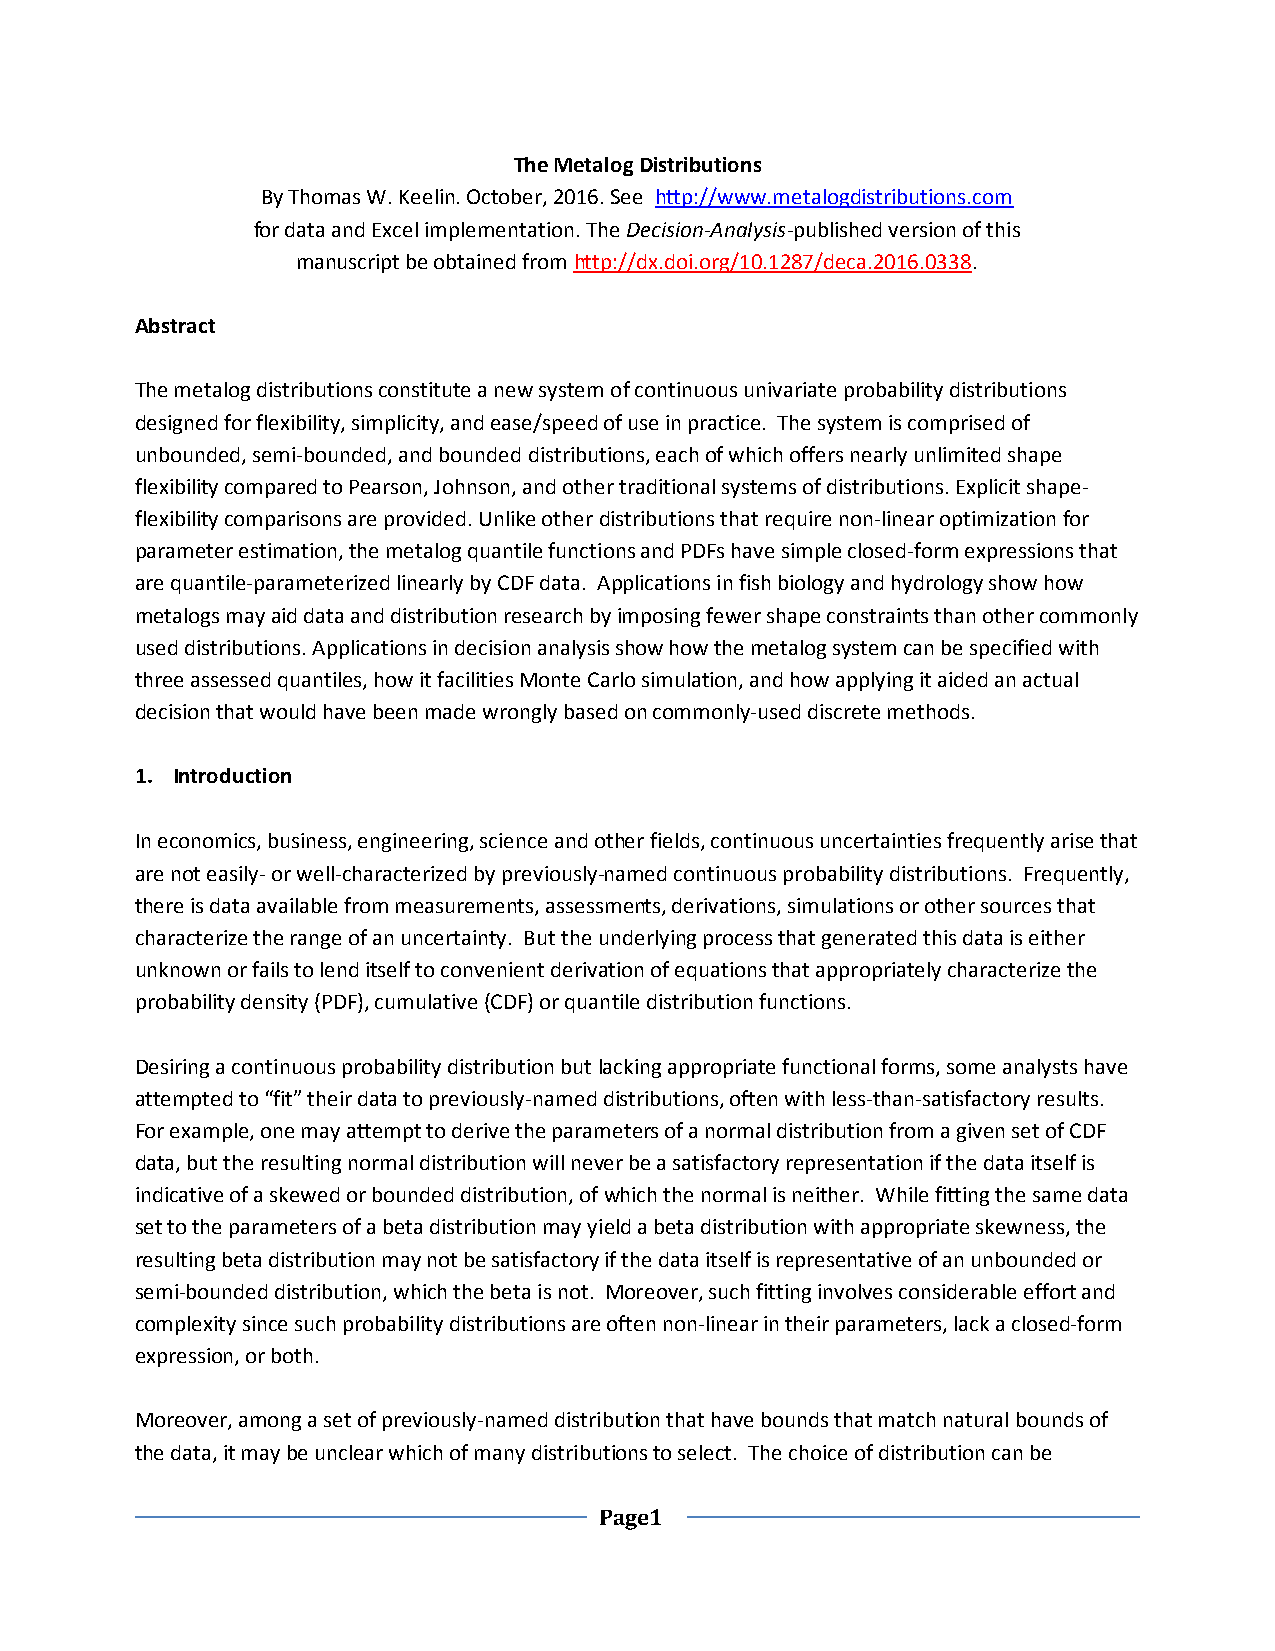
The Metalog Distributions
 By Thomas W. Keelin. October, 2016. See http://www.metalogdistributions.com
 for data and Excel implementation. The Decision-Analysis-published version of this
 manuscript be obtained from http://dx.doi.org/10.1287/deca.2016.0338.
 Abstract
 The metalog distributions constitute a new system of continuous univariate probability distributions
 designed for flexibility, simplicity, and ease/speed of use in practice. The system is comprised of
 unbounded, semi-bounded, and bounded distributions, each of which offers nearly unlimited shape
 flexibility compared to Pearson, Johnson, and other traditional systems of distributions. Explicit shape-
 flexibility comparisons are provided. Unlike other distributions that require non-linear optimization for
 parameter estimation, the metalog quantile functions and PDFs have simple closed-form expressions that
 are quantile-parameterized linearly by CDF data. Applications in fish biology and hydrology show how
 metalogs may aid data and distribution research by imposing fewer shape constraints than other commonly
 used distributions. Applications in decision analysis show how the metalog system can be specified with
 three assessed quantiles, how it facilities Monte Carlo simulation, and how applying it aided an actual
 decision that would have been made wrongly based on commonly-used discrete methods.
 1. Introduction
 In economics, business, engineering, science and other fields, continuous uncertainties frequently arise that
 are not easily- or well-characterized by previously-named continuous probability distributions. Frequently,
 there is data available from measurements, assessments, derivations, simulations or other sources that
 characterize the range of an uncertainty. But the underlying process that generated this data is either
 unknown or fails to lend itself to convenient derivation of equations that appropriately characterize the
 probability density (PDF), cumulative (CDF) or quantile distribution functions.
 Desiring a continuous probability distribution but lacking appropriate functional forms, some analysts have
 attempted to “fit” their data to previously-named distributions, often with less-than-satisfactory results.
 For example, one may attempt to derive the parameters of a normal distribution from a given set of CDF
 data, but the resulting normal distribution will never be a satisfactory representation if the data itself is
 indicative of a skewed or bounded distribution, of which the normal is neither. While fitting the same data
 set to the parameters of a beta distribution may yield a beta distribution with appropriate skewness, the
 resulting beta distribution may not be satisfactory if the data itself is representative of an unbounded or
 semi-bounded distribution, which the beta is not. Moreover, such fitting involves considerable effort and
 complexity since such probability distributions are often non-linear in their parameters, lack a closed-form
 expression, or both.
 Moreover, among a set of previously-named distribution that have bounds that match natural bounds of
 the data, it may be unclear which of many distributions to select. The choice of distribution can be
 Page1